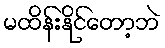
မထိန်းနိုင်တော့ဘဲ